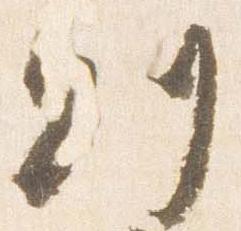
則